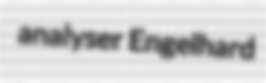
analyser Engelhard